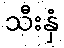
သီးနှံ